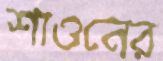
শাওনের